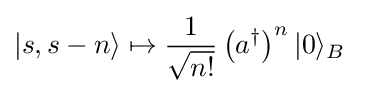
\left|s,s-n\right\rangle \mapsto {\frac {1}{\sqrt {n!}}}\left(a^{\dagger }\right)^{n}|0\rangle _{B}~